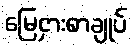
မြေငှားစာချုပ်